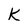
Character: k